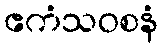
ဧကံသဝစနံ